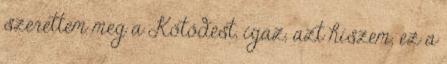
szerettem meg a Kötődést, igaz, azt hiszem, ez a